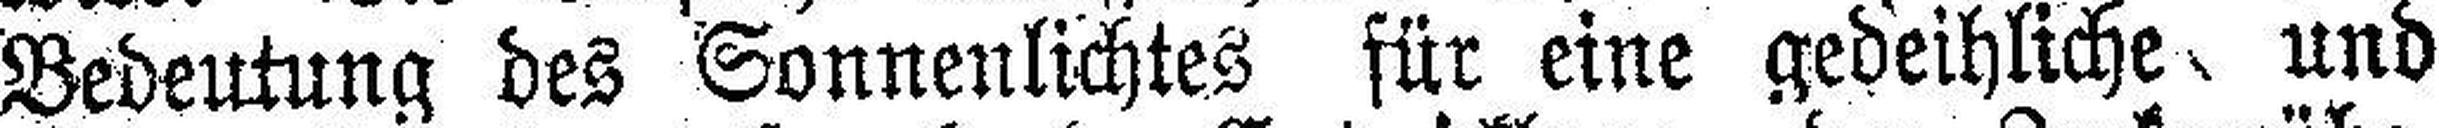
Bedeutung des Sonnenlichtes für eine gedeihliche und